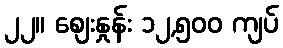
၂၂။ စျေးနှုန်း ၁၂,၅၀၀ ကျပ်